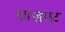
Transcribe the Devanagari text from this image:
ग्राजुएट